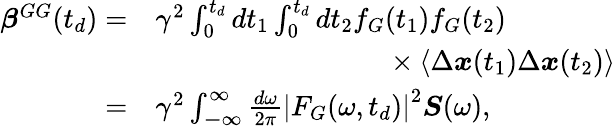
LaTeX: \begin{array}{rl}{\boldsymbol{\beta}^{GG}(t_{d})=}&{\gamma^{2}\int_{0}^{t_{d}}dt_{1}\int_{0}^{t_{d}}dt_{2}f_{G}(t_{1})f_{G}(t_{2})}\\ &{\hphantom{\gamma^{2}\int_{0}^{t_{d}}dt_{1}\int_{0}^{t_{d}}dt_{2}f_{G}}\times\left\langle\Delta\boldsymbol{x}(t_{1})\Delta\boldsymbol{x}(t_{2})\right\rangle}\\ {=}&{\gamma^{2}\int_{\mathbb{-\infty}}^{\infty}\frac{d\omega}{2\pi}\left|F_{G}(\omega,t_{d})\right|^{2}\boldsymbol{S}(\omega),}\end{array}